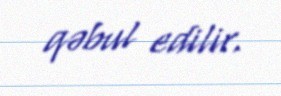
qəbul edilir.